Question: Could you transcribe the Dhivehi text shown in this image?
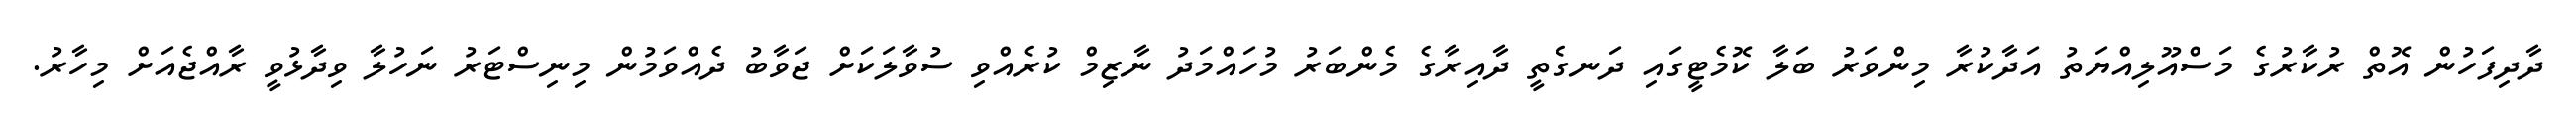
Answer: ދާދިފަހުން އޮތް ރުކާރުގެ މަސްއޫލިއްޔަތު އަދާކުރާ މިންވަރު ބަލާ ކޮމެޓީގައި ދަނގެތީ ދާއިރާގެ މެންބަރު މުހައްމަދު ނާޒިމް ކުރެއްވި ސުވާލަކަށް ޖަވާބު ދެއްވަމުން މިނިސްޓަރު ނަހުލާ ވިދާޅުވީ ރާއްޖެއަށް މިހާރު.